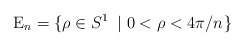
\begin{align*}{\rm E}_{n}=\{\rho \in S^{1}~\left| ~0<\rho <4\pi /n\right. \}\end{align*}